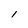
Character: l